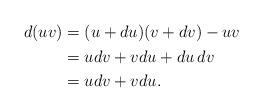
LaTeX: \begin{align*}\begin{aligned}d(uv) &= (u+du)(v+dv)-uv\\&=udv+vdu+du\,dv \\ & =udv+vdu.\end{aligned}\end{align*}